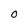
Character: O